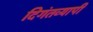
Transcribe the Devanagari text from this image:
दिगंतव्यापी